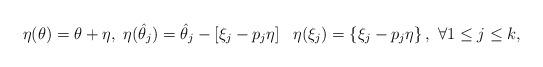
LaTeX: \begin{align*}{\eta}(\theta)=\theta+\eta,\ {\eta}(\hat{\theta}_{j})=\hat{\theta}_{j}-\left[\xi_{j}-p_{j}\eta\right]\ \ {\eta}({\xi}_{j})=\left\{\xi_{j}-p_{j}\eta\right\},\ \forall 1\leq j\leq k,\end{align*}